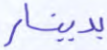
بدينار